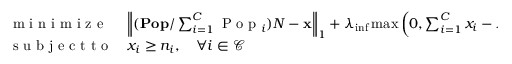
\begin{array} { l l } { \mathrm { ~ m ~ i ~ n ~ i ~ m ~ i ~ z ~ e ~ } } & { \left\| ( \mathbf { P o p } / \sum _ { i = 1 } ^ { C } \mathrm { ~ P ~ o ~ p ~ } _ { i } ) N - \mathbf { x } \right\| _ { 1 } + \lambda _ { \mathrm { i n f } } \operatorname* { m a x } \left( 0 , \sum _ { i = 1 } ^ { C } x _ { i } - N \right) } \\ { \mathrm { ~ s ~ u ~ b ~ j ~ e ~ c ~ t ~ t ~ o ~ } } & { x _ { i } \geq n _ { i } , \quad \forall i \in \mathcal { C } } \end{array}